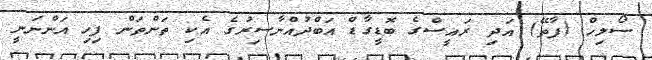
ސޯލިހް (ފާތޭ) އަދި ރައީސްގެ ބޮޑީގާޑް އަބްދުއްނާސިރުގެ އެކި ތަންތަން ފިހި އަންނަނީ